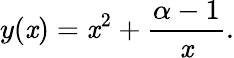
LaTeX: y(\mathit{x})=\mathit{x}^{2}+{\frac{{\alpha-1}}{{\mathit{x}}}}.